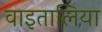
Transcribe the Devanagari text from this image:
वाइतालिया